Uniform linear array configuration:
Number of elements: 32
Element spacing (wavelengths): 0.5
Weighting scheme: hamming
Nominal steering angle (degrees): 0
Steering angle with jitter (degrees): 1.958
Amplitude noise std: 0.05
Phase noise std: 0.05

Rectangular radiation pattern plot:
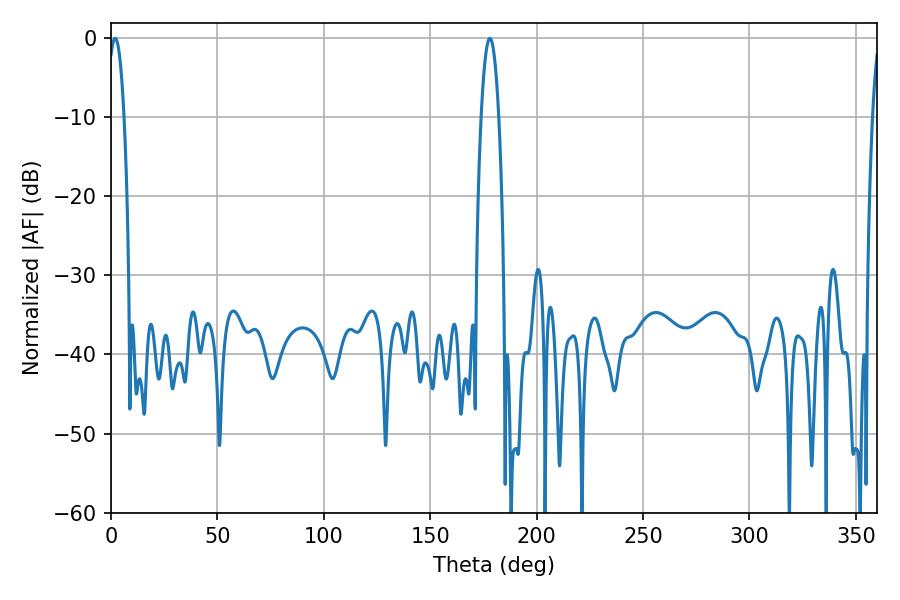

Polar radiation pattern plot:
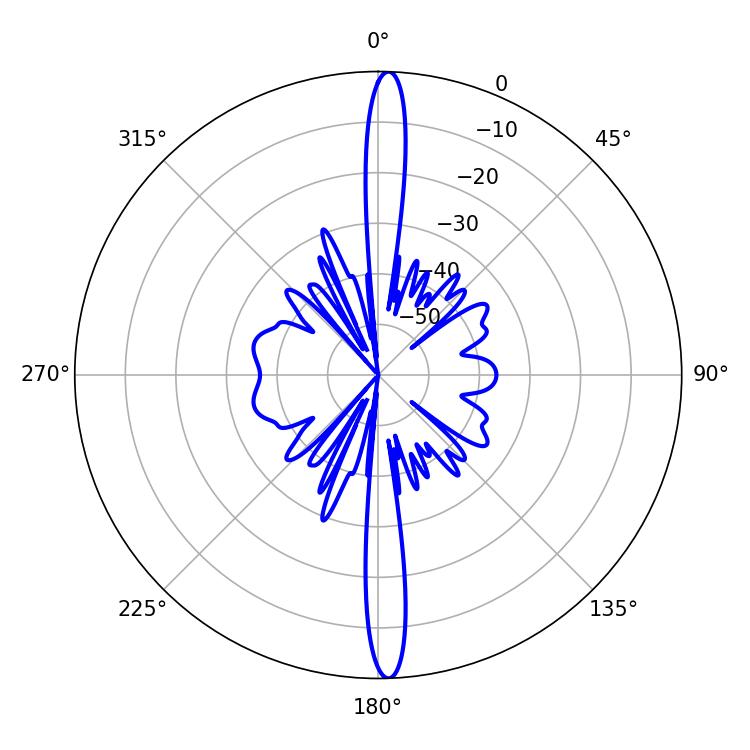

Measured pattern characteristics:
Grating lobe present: FALSE
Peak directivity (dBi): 25.373
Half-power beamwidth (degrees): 4.32
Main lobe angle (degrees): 1.98